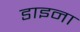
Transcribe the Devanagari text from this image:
डाइना